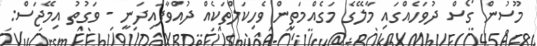
މޫސުން ގޯސް ދުވަހެއްގައި މާލޭގެ މަގެއްމަތިން ވެހިކަލްތަކެއް ދުއްވާފައިދަނީ - ވަގުތު އިމޭޖަސް: